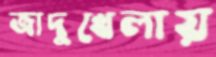
জাদুখেলায়